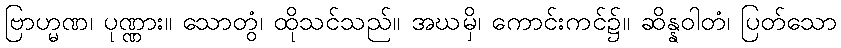
ဗြာဟ္မဏ၊ ပုဏ္ဏား။ သောတွံ၊ ထိုသင်သည်။ အဃမှိ၊ ကောင်းကင်၌။ ဆိန္နဝါတံ၊ ပြတ်သော